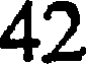
42